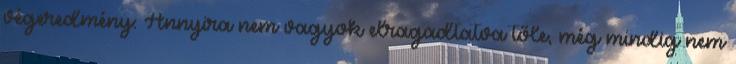
végeredmény: Annyira nem vagyok elragadtatva tőle, még mindig nem